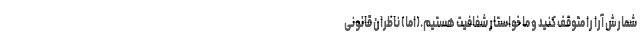
شمارش آرا را متوقف کنید و ما خواستار شفافیت هستیم.(اما) ناظران قانونی